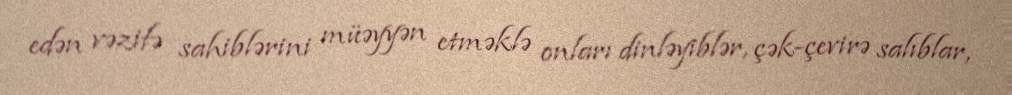
edən vəzifə sahiblərini müəyyən etməklə onları dinləyiblər, çək-çevirə salıblar,